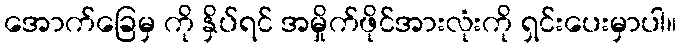
အောက်ခြေမှ ကို နှိပ်ရင် အမှိုက်ဖိုင်အားလုံးကို ရှင်းပေးမှာပါ။